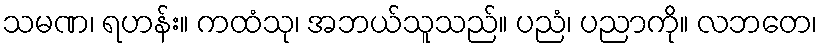
သမဏ၊ ရဟန်း။ ကထံသု၊ အဘယ်သူသည်။ ပညံ၊ ပညာကို။ လဘတေ၊